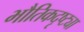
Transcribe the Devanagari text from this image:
भौतिकदृष्ट्या